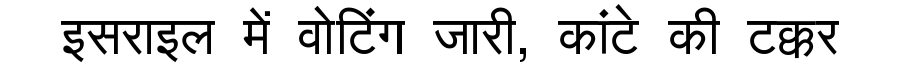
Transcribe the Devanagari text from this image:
इसराइल में वोटिंग जारी, कांटे की टक्कर